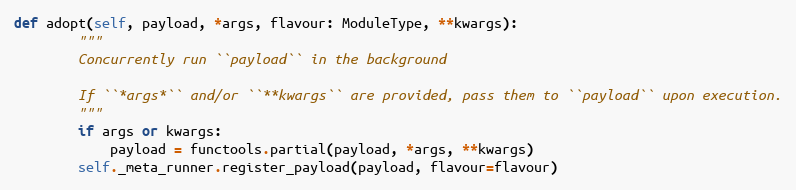
Language: Python
def adopt(self, payload, *args, flavour: ModuleType, **kwargs):
        """
        Concurrently run ``payload`` in the background

        If ``*args*`` and/or ``**kwargs`` are provided, pass them to ``payload`` upon execution.
        """
        if args or kwargs:
            payload = functools.partial(payload, *args, **kwargs)
        self._meta_runner.register_payload(payload, flavour=flavour)